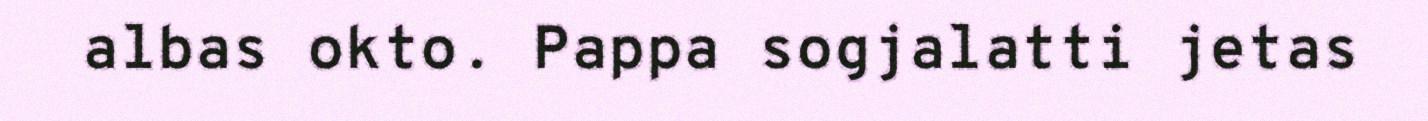
albas okto. Pappa sogjalatti jetas